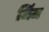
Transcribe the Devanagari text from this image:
जिंज